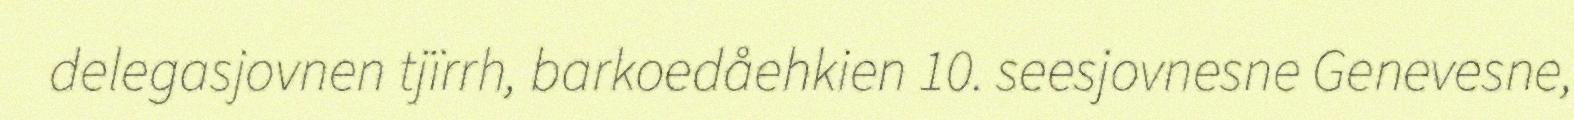
delegasjovnen tjïrrh, barkoedåehkien 10. seesjovnesne Genevesne,